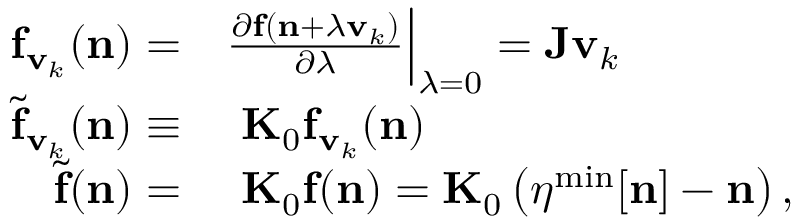
\begin{array} { r l } { { \bf f } _ { { \bf v } _ { k } } ( { \bf n } ) = } & { { } \frac { \partial { \bf f } ( { \bf n } + \lambda { \bf v } _ { k } ) } { \partial \lambda } \Big \vert _ { \lambda = 0 } = { \bf J } { \bf v } _ { k } } \\ { { \widetilde { \bf f } } _ { { \bf v } _ { k } } ( { \bf n } ) \equiv } & { { } ~ { \bf K } _ { 0 } { \bf f } _ { { \bf v } _ { k } } ( { \bf n } ) } \\ { { \widetilde { \bf f } } { \bf ( n ) } = } & { { } ~ { \bf K } _ { 0 } { \bf f ( n ) } = { \bf K } _ { 0 } \left( { \boldsymbol \eta } ^ { \mathrm { m i n } } [ { \bf n } ] - { \bf n } \right) , } \end{array}